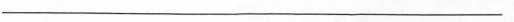
------------------